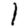
Digit: 1